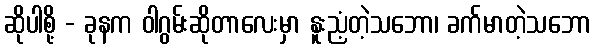
ဆိုပါစို့ - ခုနက ဝါဂွမ်းဆိုတာလေးမှာ နူးညံ့တဲ့သဘော၊ ခက်မာတဲ့သဘော